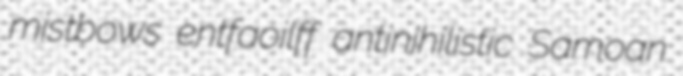
mistbows entfaoilff antinihilistic Samoan